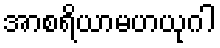
အာစရိယာမဟယုဂါ